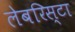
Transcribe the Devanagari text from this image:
लेबरिस्टा